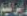
ابراهيم